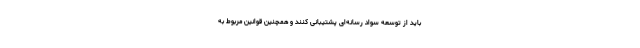
باید از توسعه سواد رسانه‌ای پشتیبانی کنند و همچنین قوانین مربوط به